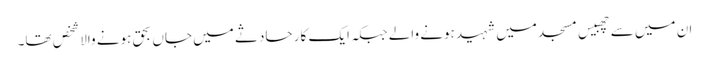
ان میں سے چھبیس مسجد میں شہید ہونے والے جبکہ ایک کار حادثے میں جاں بحق ہونے والا شخص تھا۔